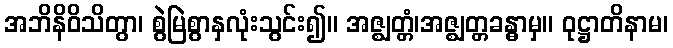
အဘိနိဝိသိတွာ၊ စွဲမြဲစွာနှလုံးသွင်း၍။ အဇ္ဈတ္တံ၊အဇ္ဈတ္တခန္ဓာမှ။ ဝုဋ္ဌာတိနာမ၊